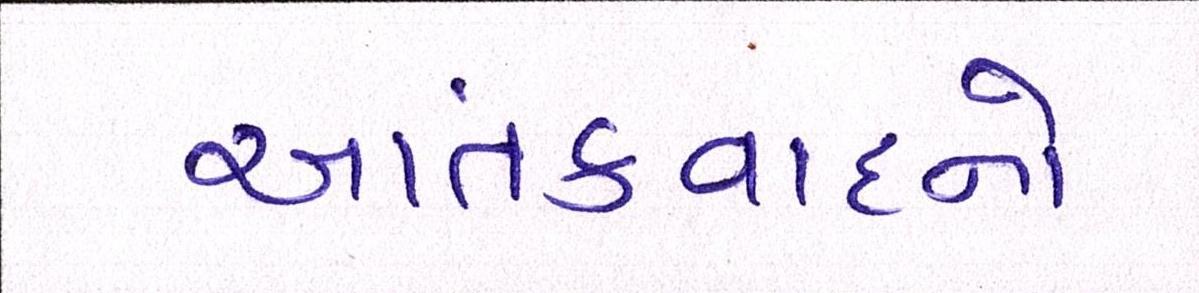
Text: આતંકવાદનો